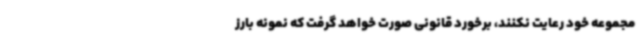
مجموعه خود رعایت نکنند، برخورد قانونی صورت خواهد گرفت که نمونه بارز